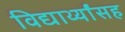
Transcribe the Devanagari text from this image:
विद्यार्थ्यांसह